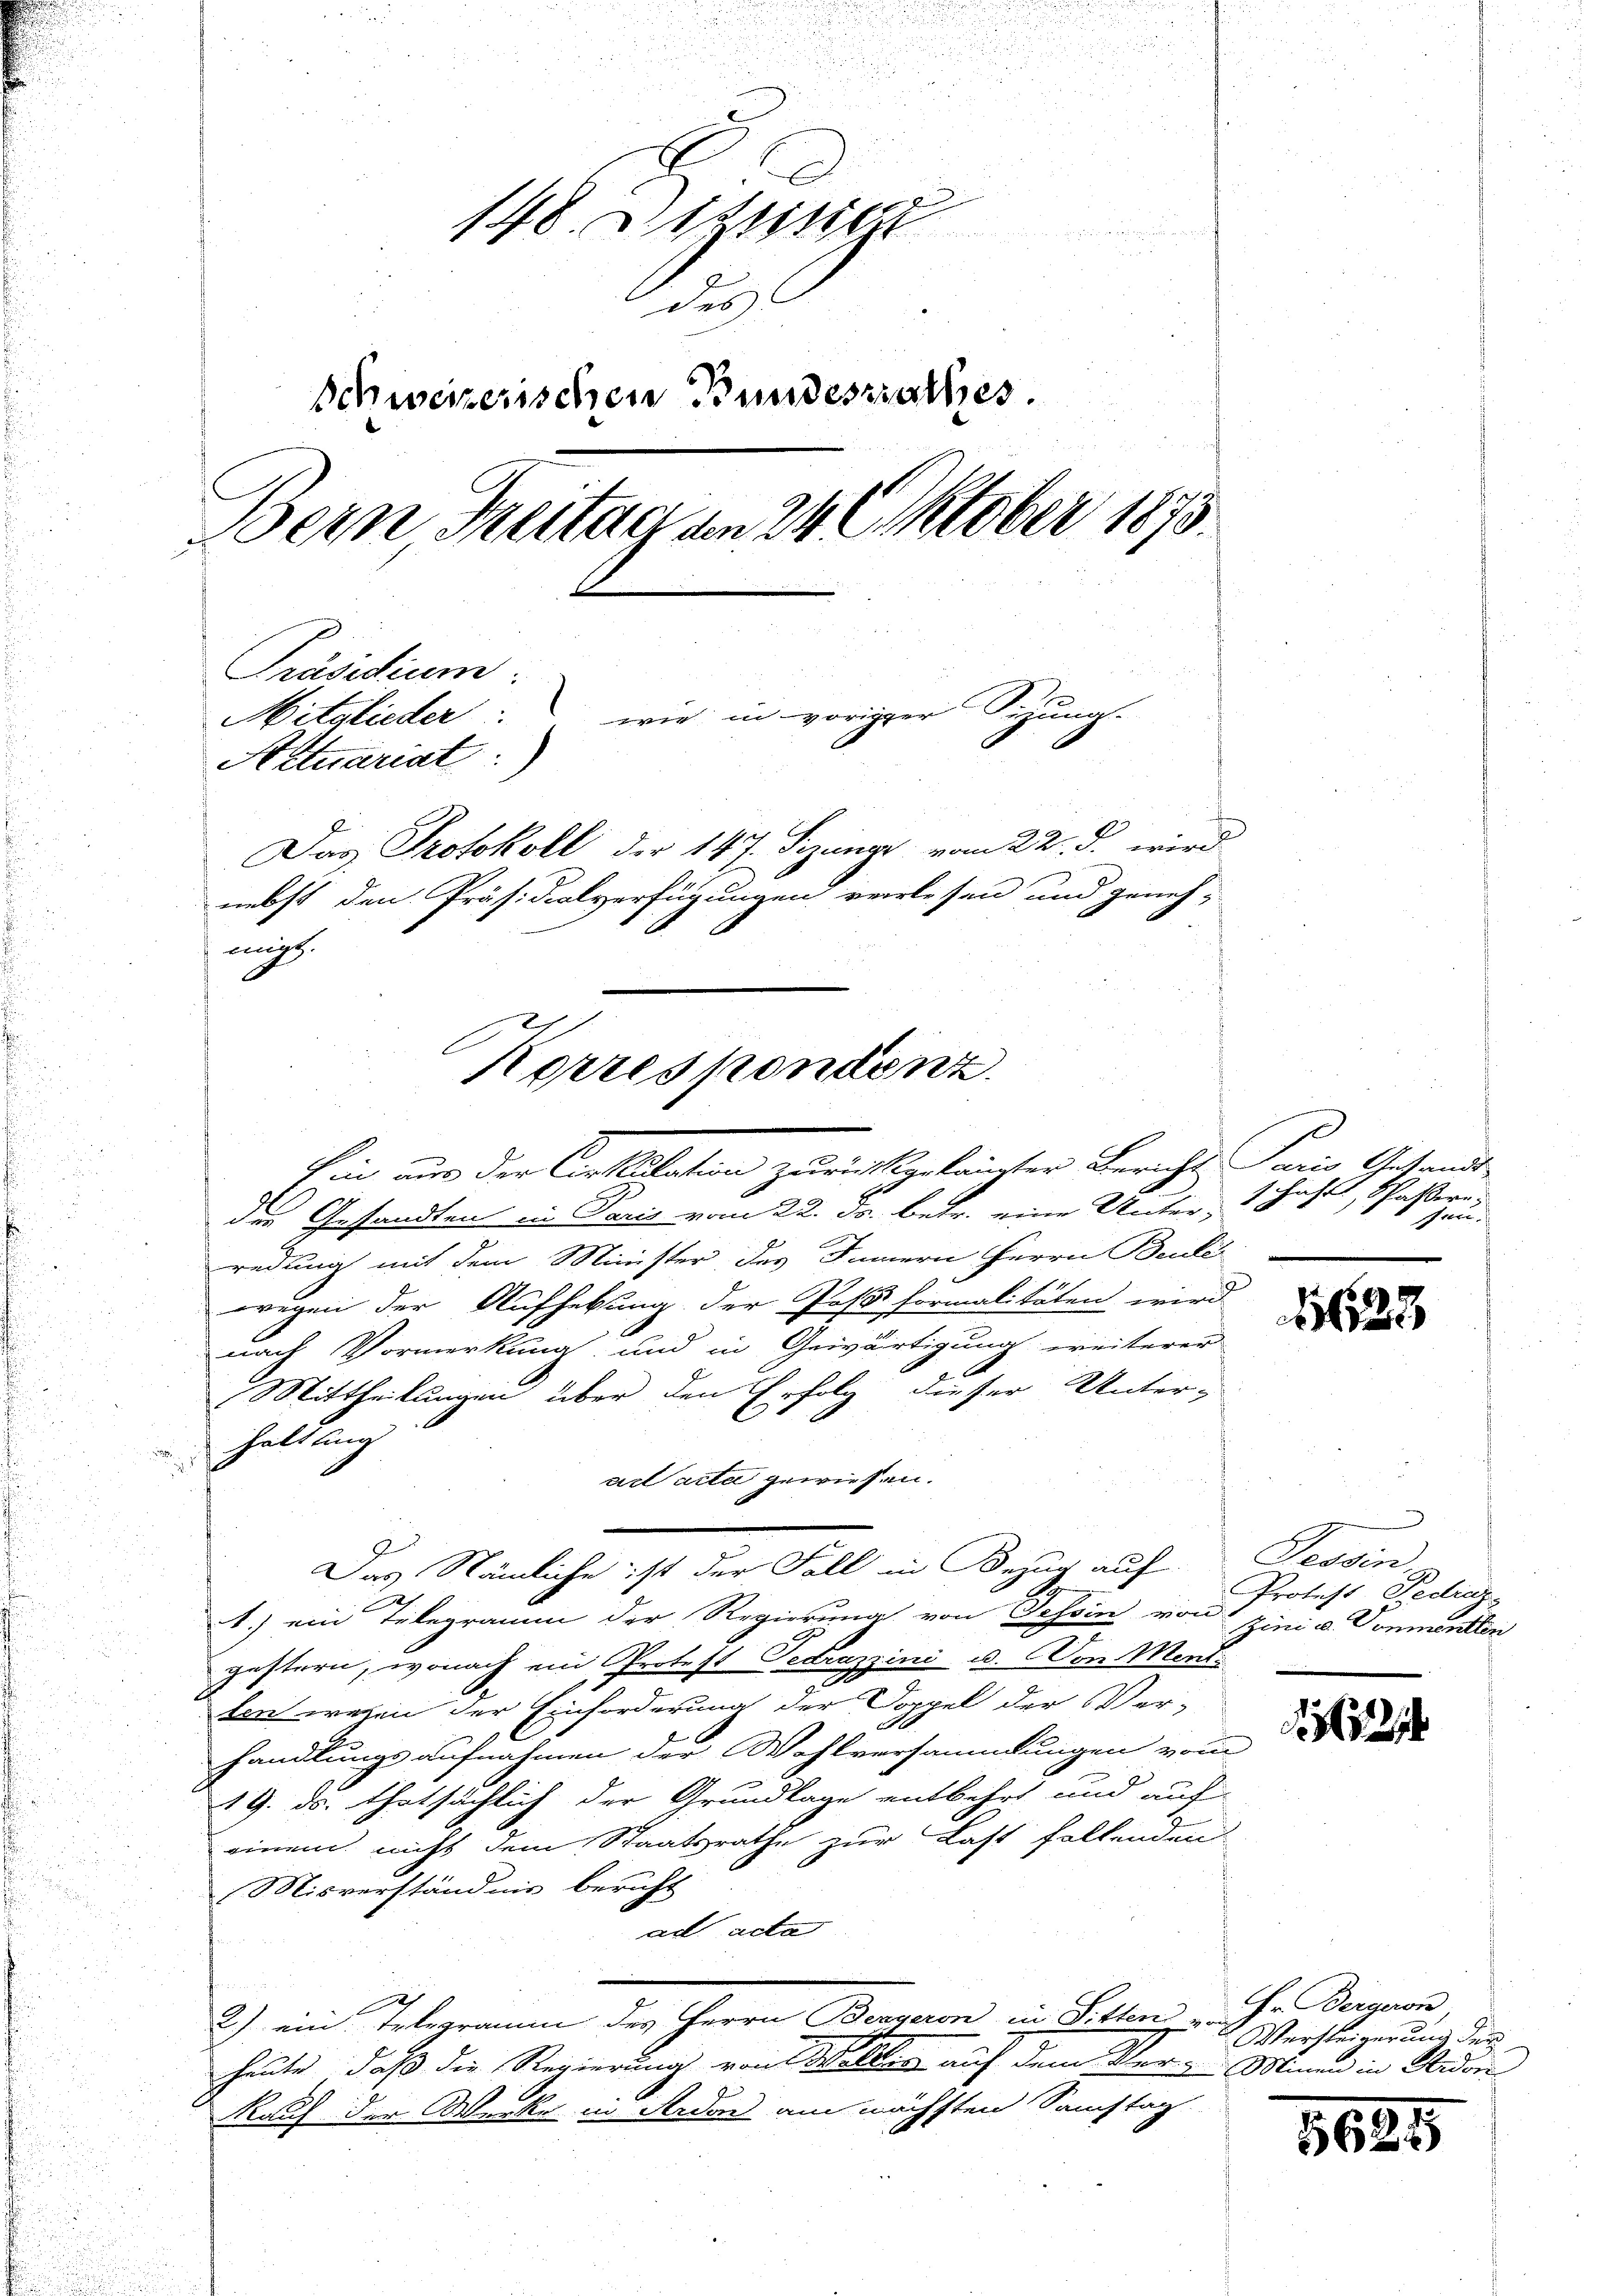
n
u
n
148. Dieser

des
Schweizerischen Bundesrathes.
Bern Freitag an 24 Oktober 1873.
Präsidium.
Mitglieder: wie in voriger Sizung.
Actuariat:)
Das Protokoll der 147. Sezung vom 22. d. wird
nebst den Präsidialverfügungen verlesen und geneh-
migt.

Korreskondenz
Ein nur der Conflikation zurückgelangter Bericht Paris Gesandt¬

der Gesandten in Paris vom 22. ds. betr. eine Unterredung mit dem Minister des Innern Herrn Beule
wegen der Aufhebung der Postformalitäten wird
nach Vormerkung und in Gewärtigung weiterer
2. A
Mittheilungen über den Erfolg dieser Unter-
Haltung
ad acta gewiesen.
1.) ein Telegramm der Regierung von Schein von Zini u. Vonmenster
gestern, wonach ein Protest Gedrazzini u. Von Menti
1
ten wegen der Einforderung der Doppel der Ver-
x
handlungsaufnahmen der Wahlversammlungen vom
19. ds. thatsächlich der Grundlage entbehrt und auf
einem nicht dem Staatsrathe zur Last follenden
Misverständnis bericht
ad acta
2) ein Telegramm des Herrn Bergeron in Sitten, von
heute, daß die Regierung von W. A. auf dem Ver- Minen in Aador¬
Rauf der Werke in Ferden am nächsten Samstag

Das Nämliche ist der Fall in Bezug auf Tessin

f
1, Schaftern
sgeht,
sen.

1628

Protest, Fedietz

72

Hr. Bergeron,
Versteigerung der

5
362 x